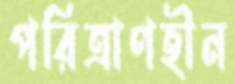
পরিত্রাণহীন